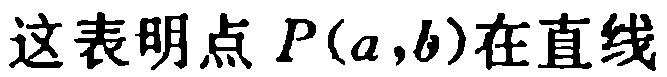
这表明点 \(P(a,b)\)在直线